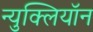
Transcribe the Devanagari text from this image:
न्युक्लियॉन